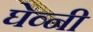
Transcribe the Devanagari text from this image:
घेव्नी